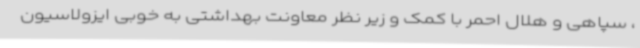
، سپاهی و هلال احمر با کمک و زیر نظر معاونت بهداشتی به خوبی ایزولاسیون